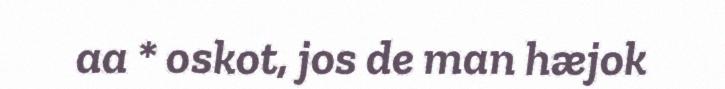
aa * oskot, jos de man hæjok